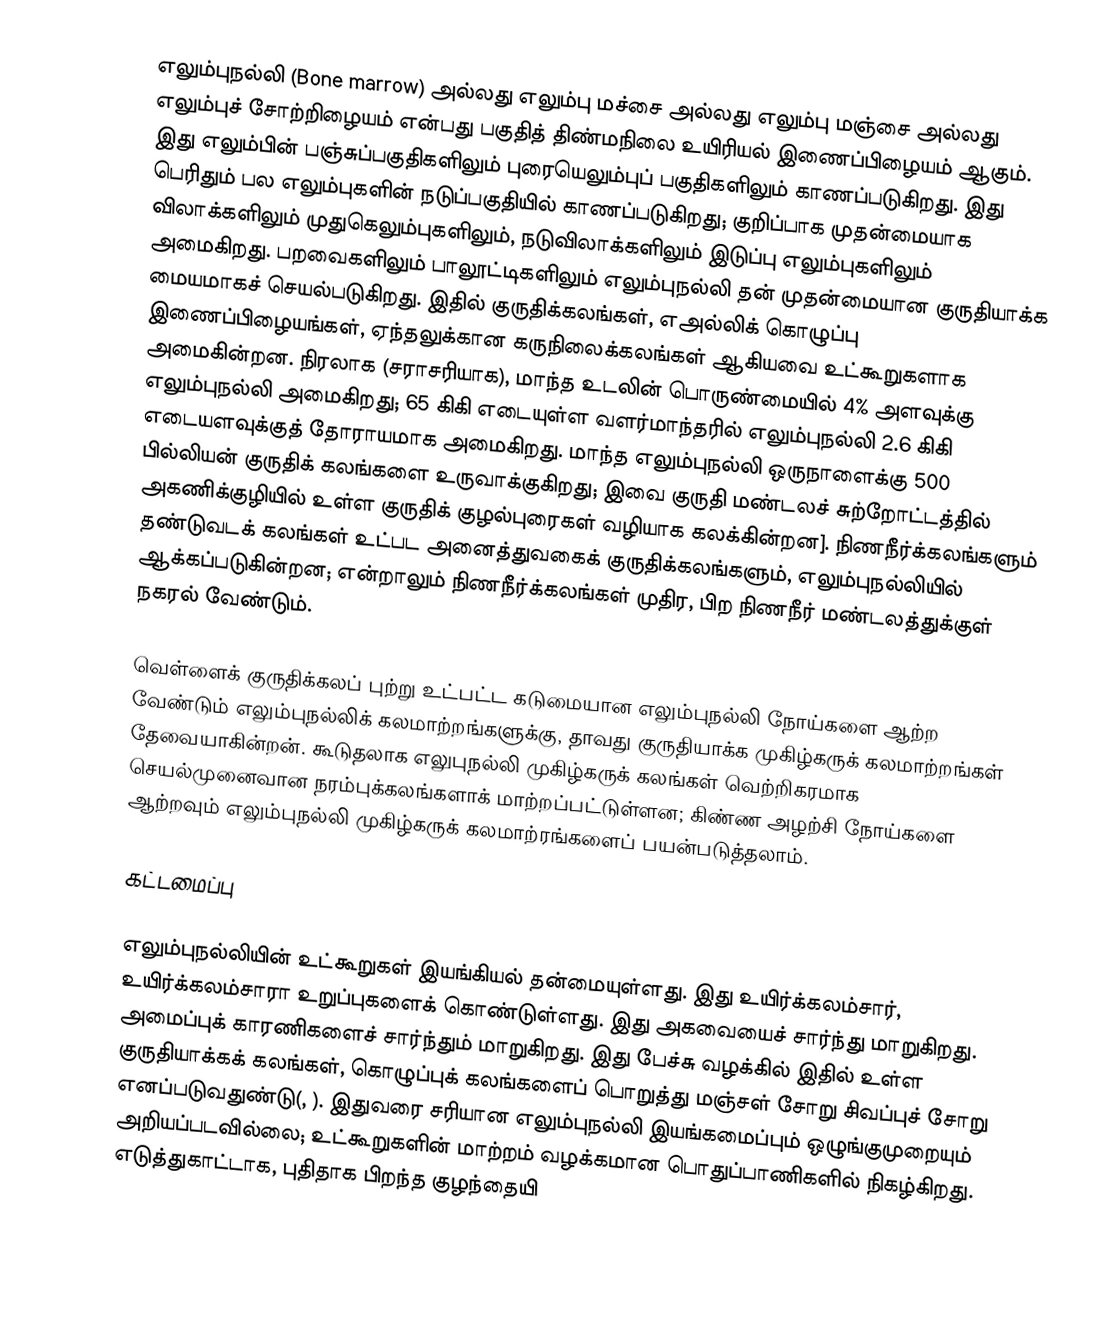
எலும்புநல்லி (Bone marrow) அல்லது எலும்பு மச்சை அல்லது எலும்பு மஞ்சை அல்லது எலும்புச் சோற்றிழையம் என்பது பகுதித் திண்மநிலை உயிரியல் இணைப்பிழையம் ஆகும். இது எலும்பின் பஞ்சுப்பகுதிகளிலும் புரையெலும்புப் பகுதிகளிலும் காணப்படுகிறது.  இது பெரிதும் பல எலும்புகளின் நடுப்பகுதியில் காணப்படுகிறது; குறிப்பாக முதன்மையாக விலாக்களிலும் முதுகெலும்புகளிலும், நடுவிலாக்களிலும் இடுப்பு எலும்புகளிலும் அமைகிறது. பறவைகளிலும் பாலூட்டிகளிலும் எலும்புநல்லி தன் முதன்மையான குருதியாக்க மையமாகச் செயல்படுகிறது. இதில் குருதிக்கலங்கள், எஅல்லிக் கொழுப்பு இணைப்பிழையங்கள், ஏந்தலுக்கான கருநிலைக்கலங்கள் ஆகியவை உட்கூறுகளாக அமைகின்றன. நிரலாக (சராசரியாக), மாந்த உடலின் பொருண்மையில் 4% அளவுக்கு எலும்புநல்லி அமைகிறது; 65 கிகி எடையுள்ள வளர்மாந்தரில் எலும்புநல்லி 2.6 கிகி எடையளவுக்குத் தோராயமாக அமைகிறது. மாந்த எலும்புநல்லி ஒருநாளைக்கு 500 பில்லியன் குருதிக் கலங்களை உருவாக்குகிறது; இவை குருதி மண்டலச் சுற்றோட்டத்தில் அகணிக்குழியில் உள்ள குருதிக் குழல்புரைகள் வழியாக கலக்கின்றன]. நிணநீர்க்கலங்களும் தண்டுவடக் கலங்கள் உட்பட அனைத்துவகைக் குருதிக்கலங்களும், எலும்புநல்லியில் ஆக்கப்படுகின்றன; என்றாலும் நிணநீர்க்கலங்கள் முதிர, பிற நிணநீர் மண்டலத்துக்குள் நகரல் வேண்டும்.

வெள்ளைக் குருதிக்கலப் புற்று உட்பட்ட கடுமையான எலும்புநல்லி நோய்களை ஆற்ற வேண்டும் எலும்புநல்லிக் கலமாற்றங்களுக்கு, தாவது குருதியாக்க முகிழ்கருக் கலமாற்றங்கள் தேவையாகின்றன். கூடுதலாக எலுபுநல்லி முகிழ்கருக் கலங்கள் வெற்றிகரமாக செயல்முனைவான நரம்புக்கலங்களாக் மாற்றப்பட்டுள்ளன; கிண்ண அழற்சி நோய்களை ஆற்றவும் எலும்புநல்லி முகிழ்கருக் கலமாற்ரங்களைப் பயன்படுத்தலாம்.

கட்டமைப்பு

எலும்புநல்லியின் உட்கூறுகள் இயங்கியல் தன்மையுள்ளது. இது உயிர்க்கலம்சார், உயிர்க்கலம்சாரா உறுப்புகளைக் கொண்டுள்ளது. இது அகவையைச் சார்ந்து மாறுகிறது. அமைப்புக் காரணிகளைச் சார்ந்தும் மாறுகிறது. இது பேச்சு வழக்கில் இதில் உள்ள குருதியாக்கக் கலங்கள், கொழுப்புக் கலங்களைப் பொறுத்து மஞ்சள் சோறு சிவப்புச் சோறு எனப்படுவதுண்டு(, ).  இதுவரை சரியான எலும்புநல்லி இயங்கமைப்பும் ஒழுங்குமுறையும் அறியப்படவில்லை; உட்கூறுகளின் மாற்றம் வழக்கமான பொதுப்பாணிகளில் நிகழ்கிறது. எடுத்துகாட்டாக, புதிதாக பிறந்த குழந்தையி